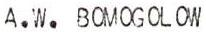
A.W.BOMOGOLOW